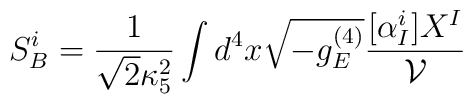
S_{B}^i=\frac{1}{\sqrt 2 \kappa_5^2}\int d^4x \sqrt{-g_E^{(4)}}\frac{[\alpha_I^i] X^I}{\cal V}